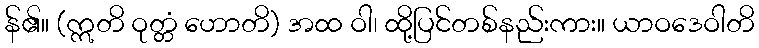
န်၏။ (ဣတိ ဝုတ္တံ ဟောတိ) အထ ဝါ၊ ထို့ပြင်တစ်နည်းကား။ ယာဝဒေဝါတိ